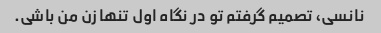
نانسی، تصمیم گرفتم تو در نگاه اول تنها زن من باشی.